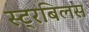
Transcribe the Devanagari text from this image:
स्ट्रबिलस